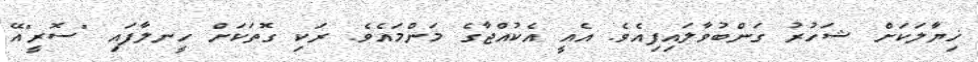
ޚިޔާލަކަށް ޝަހުރު ގަންބުވާލައިފިއެވެ. އެއީ އެކުއްޖާގެ މަންމައެވެ. ރަކި ގޮތަކަށް ހީނލާފައި "ސޮރީ"އޭ